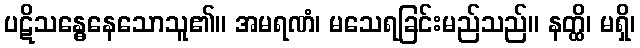
ပဋိသန္ဓေနေသောသူ၏။ အမရဏံ၊ မသေရခြင်းမည်သည်။ နတ္ထိ၊ မရှိ၊